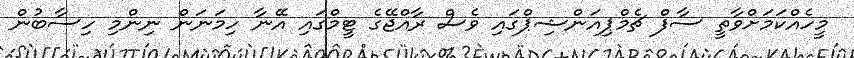
މީހެއްކަމަށްވާތީ ސާފް ޗެމްޕިއަންޝިޕްގައި ވެސް ރާއްޖޭގެ ޓީމްގައި އޭނާ ހިމަނަން ނިންމި ހިސާބުން